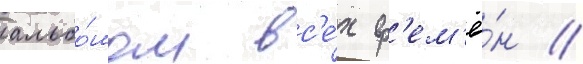
альбо́мом вс'е́х вр'ем'ё́н //